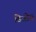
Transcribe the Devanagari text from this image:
डिजोस